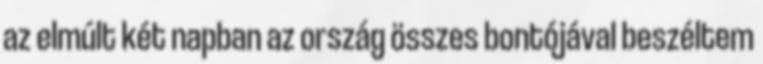
az elmúlt két napban az ország összes bontójával beszéltem